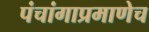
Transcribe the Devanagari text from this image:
पंचांगाप्रमाणेच